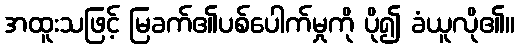
အထူးသဖြင့် မြခက်၏ပစ်ပေါက်မှုကို ပို၍ ခံယူလို၏။